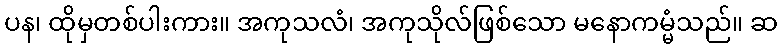
ပန၊ ထိုမှတစ်ပါးကား။ အကုသလံ၊ အကုသိုလ်ဖြစ်သော မနောကမ္မံသည်။ ဆ